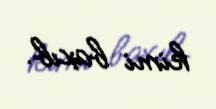
kimi baxıb.